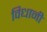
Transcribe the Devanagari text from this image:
विधानी